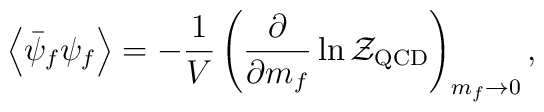
\left<\bar\psi_f\psi_f\right>=-\frac{1}{V}\left(\frac{\partial}{\partial m_f}\ln {\cal Z}_{\rm QCD}\right)_{m_f\to 0},